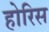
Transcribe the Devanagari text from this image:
होरिस